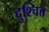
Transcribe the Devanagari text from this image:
दुश्चित्त